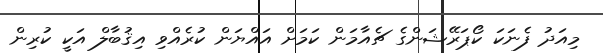
މިއަދު ފެނަކަ ކޯޕަރޭޝަންގެ ޗެއާމަން ކަމަށް އައްޔަން ކުރެއްވި އިޤުބާލް އަކީ ކުރިން